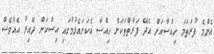
އެންމެ ފުރަތަމަ ހިއްސާއަށް އެދޭ ފަރާތްތަކަށް ހިއްސާ އެކަށައެޅުމުގައި އިސްކަން ދޭއިރު އެއްވެސް